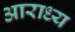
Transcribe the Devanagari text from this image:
अाराध्य